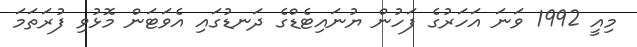
މިއީ 1992 ވަނަ އަހަރުގެ ފަހުން ޔުނައިޓެޑްގެ ދަނޑުގައި އެވަޓަން މޮޅުވި ފުރަތަމަ